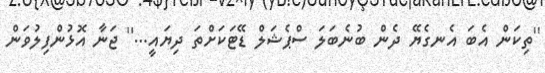
''ތިކަން އެބަ އެނގެޔޭ ދެން ބުނެބަލަ ސްޕެޝަލް ޑޭޓަކަށްތަ ދިޔައީ...'' ޖަނާ އޮޅުންފިލުވަން